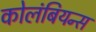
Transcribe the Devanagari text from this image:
कोलंबियन्स